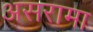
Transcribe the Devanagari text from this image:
असरामा